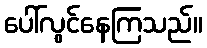
ပေါ်လွင်နေကြသည်။